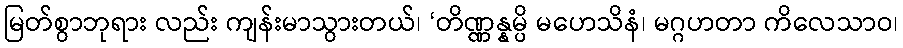
မြတ်စွာဘုရား လည်း ကျန်းမာသွားတယ်၊ ‘တိဏ္ဏန္နမ္ပိ မဟေသိနံ၊ မဂ္ဂဟတာ ကိလေသာဝ၊